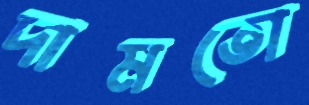
দামতো